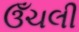
ઉઁચલી